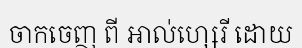
ចាកចេញ ពី អាល់ហ្សេរី ដោយ